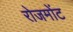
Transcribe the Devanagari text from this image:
रोजमोंट